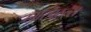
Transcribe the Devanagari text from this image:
हास्पिटल्स